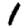
Digit: 1